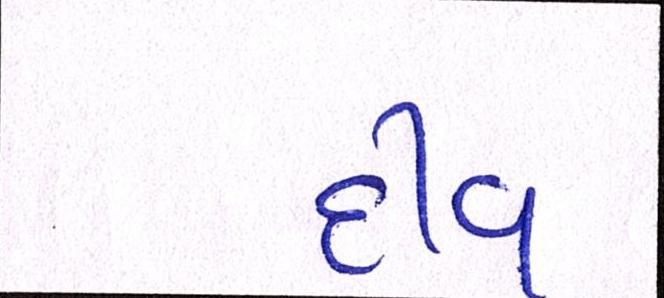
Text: દીવ